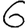
Digit: 6